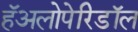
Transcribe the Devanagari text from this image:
हॅअलोपेरिडॉल